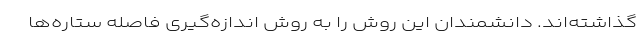
گذاشته‌اند. دانشمندان این روش را به روش اندازه‌گیری فاصله ستاره‌ها